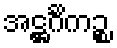
အဋ္ဌင်္ဂိကဉ္စ